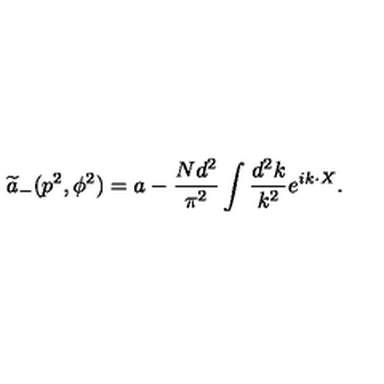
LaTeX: { \widetilde a } _ { - } ( p ^ { 2 } , \phi ^ { 2 } ) = a - { \frac { N d ^ { 2 } } { \pi ^ { 2 } } } \int { \frac { d ^ { 2 } k } { k ^ { 2 } } } e ^ { i k \cdot X } .